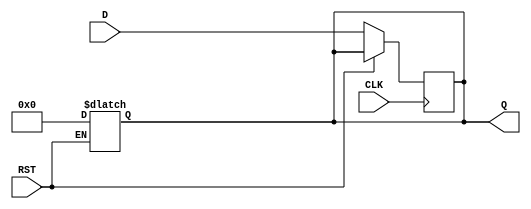
module DataRegister #(
    parameter WIDTH = 8  // Parameter to define the width of the register
)(
    input wire [WIDTH-1:0] D,     // Data input
    input wire CLK,                // Clock input
    input wire RST,                // Asynchronous reset
    output reg [WIDTH-1:0] Q       // Data output
);

    // Asynchronous reset implementation
    always @* begin
        if (RST) begin
            Q <= {WIDTH{1'b0}};      // Clear the register to zero
        end
    end

    // Capture data on the rising edge of the clock
    always @(posedge CLK) begin
        if (!RST) begin
            Q <= D;                  // Store data on clock edge
        end
    end

endmodule